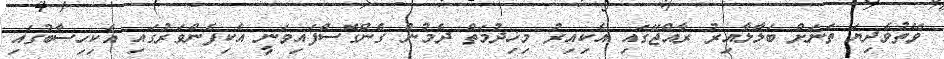
ވޭތުވެދިޔަ ތަނަށް ބަލާލާއިރު ރާއްޖޭގައި އެކިއިރު މިޚިދުމަތް ދެމުން ގެންގޮސްފައިވަނީ އެކިފެންވަރުގައި އެކިހިސާބުގައި